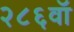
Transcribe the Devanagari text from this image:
२८६वॉ